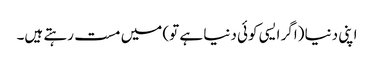
اپنی دنیا (اگر ایسی کوئی دنیا ہے تو) میں مست رہتے ہیں۔